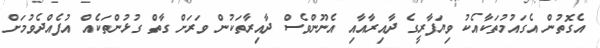
އެގޮތުން އެގައުމުތަކާއެކު ވިޔަފާރީގެ ދާއިރާއާއި އެނޫންވެސް ދާއިރާތަކުން ވަރަށް ގާތް ގުޅުންތަކެއް އުފެއްދެވުމަށް